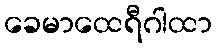
ခေမာထေရီဂါထာ